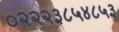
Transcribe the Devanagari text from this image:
०२२२३८५४८५३